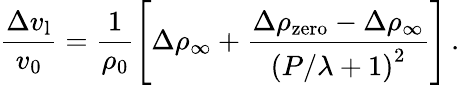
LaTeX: \frac{\Delta v_{\mathrm{l}}}{v_{\mathrm{0}}}=\frac{1}{\rho_{0}}\left[\Delta\rho_{\infty}+\frac{\Delta\rho_{\mathrm{zero}}-\Delta\rho_{\infty}}{\left(P/\lambda+1\right)^{2}}\right]\, .